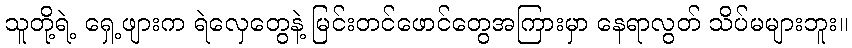
သူတို့ရဲ့ ရှေ့ဖျားက ရဲလှေတွေနဲ့ မြင်းတင်ဖောင်တွေအကြားမှာ နေရာလွတ် သိပ်မများဘူး။